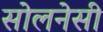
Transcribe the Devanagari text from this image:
सोलनेसी